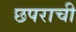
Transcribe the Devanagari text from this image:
छपराची